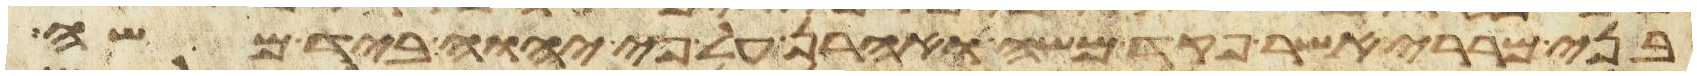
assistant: בני מררי אשר פקד משה ואהרן על פי יהוה ביד משה